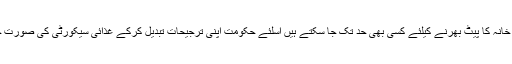
یہ لوگ اپنا اور اہل خانہ کا پیٹ بھرنے کیلئے کسی بھی حد تک جا سکتے ہیں اسلئے حکومت اپنی ترجیحات تبدیل کرکے غذائی سیکورٹی کی صورت حال کو بہتر بنائے۔